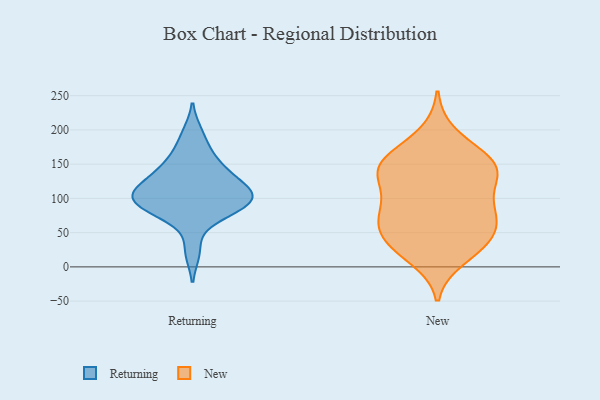
{"axis": {"x": "Revenue (USD Million)", "y": "Value"}, "legend": ["New", "Returning"], "data": [{"x": "", "y": 87, "type": "Returning"}, {"x": "", "y": 104, "type": "Returning"}, {"x": "", "y": 109, "type": "Returning"}, {"x": "", "y": 141, "type": "Returning"}, {"x": "", "y": 195, "type": "Returning"}, {"x": "", "y": 92, "type": "Returning"}, {"x": "", "y": 22, "type": "Returning"}, {"x": "", "y": 90, "type": "Returning"}, {"x": "", "y": 149, "type": "Returning"}, {"x": "", "y": 114, "type": "Returning"}, {"x": "", "y": 113, "type": "Returning"}, {"x": "", "y": 134, "type": "Returning"}, {"x": "", "y": 72, "type": "Returning"}, {"x": "", "y": 88, "type": "Returning"}, {"x": "", "y": 110, "type": "Returning"}, {"x": "", "y": 169, "type": "Returning"}, {"x": "", "y": 79, "type": "New"}, {"x": "", "y": 63, "type": "New"}, {"x": "", "y": 50, "type": "New"}, {"x": "", "y": 13, "type": "New"}, {"x": "", "y": 165, "type": "New"}, {"x": "", "y": 143, "type": "New"}, {"x": "", "y": 35, "type": "New"}, {"x": "", "y": 137, "type": "New"}, {"x": "", "y": 142, "type": "New"}, {"x": "", "y": 101, "type": "New"}, {"x": "", "y": 146, "type": "New"}, {"x": "", "y": 152, "type": "New"}, {"x": "", "y": 30, "type": "New"}, {"x": "", "y": 149, "type": "New"}, {"x": "", "y": 29, "type": "New"}, {"x": "", "y": 60, "type": "New"}, {"x": "", "y": 194, "type": "New"}, {"x": "", "y": 116, "type": "New"}, {"x": "", "y": 82, "type": "New"}, {"x": "", "y": 79, "type": "New"}]}